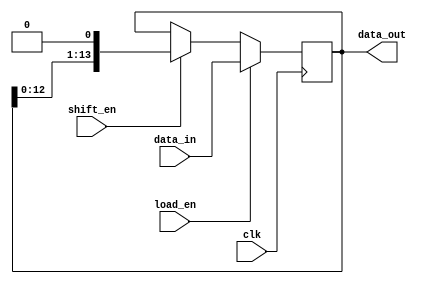
module shift_left_register(
    input clk,
    input load_en,
    input shift_en,
    input [N-1:0] data_in,
    output reg [N-1:0] data_out
);

parameter N = 14;

always @(posedge clk) begin
    if (load_en) begin
        data_out <= data_in;
    end else if (shift_en) begin
        data_out <= {data_out[N-2:0], 1'b0};
    end
end

endmodule